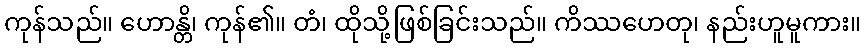
ကုန်သည်။ ဟောန္တိ၊ ကုန်၏။ တံ၊ ထိုသို့ဖြစ်ခြင်းသည်။ ကိဿဟေတု၊ နည်းဟူမူကား။